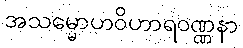
အသမ္မောဟဝိဟာရဝဏ္ဏနာ